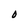
Character: O